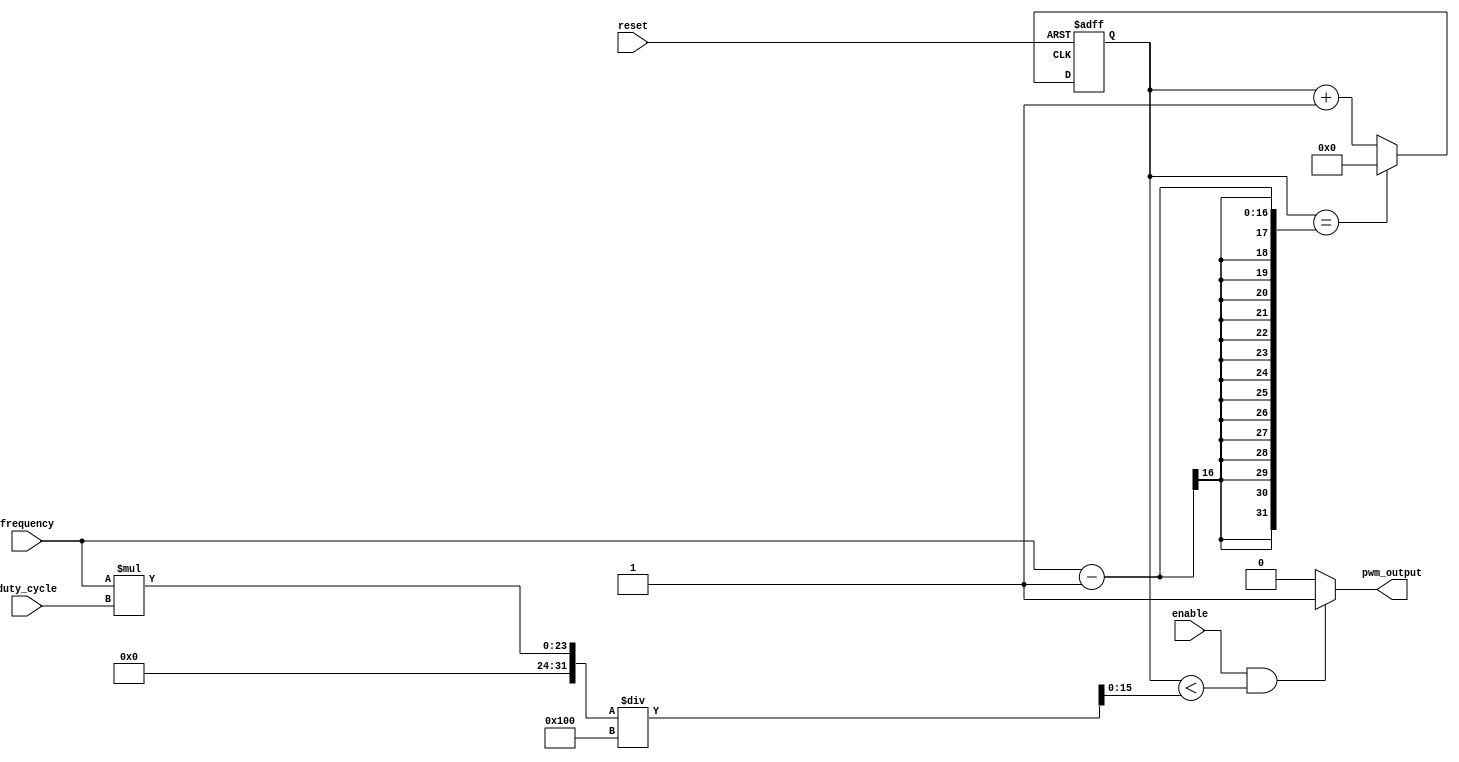
module pwm_generator(
    input wire enable,
    input wire reset,
    input wire [7:0] duty_cycle,
    input wire [15:0] frequency,
    output reg pwm_output
);

reg [15:0] counter;
reg [15:0] threshold;

always @ (posedge i_clk or posedge reset)
begin
    if(reset)
        counter <= 16'd0;
    else if(counter == frequency - 1)
        counter <= 16'd0;
    else
        counter <= counter + 1;
end

always @ (*)
begin
    threshold = frequency * duty_cycle / 256;
    if(enable && (counter < threshold))
        pwm_output = 1;
    else
        pwm_output = 0;
end

endmodule